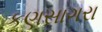
કણસાગરા